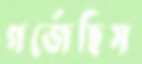
গর্‌জেছিস